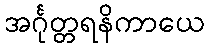
အင်္ဂုတ္တရနိကာယေ